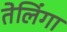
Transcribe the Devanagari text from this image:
तेलिंगा